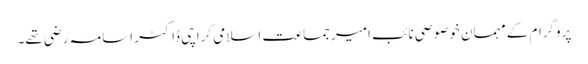
پروگرام کے مہمان خوصوصی نائب امیر جماعت اسلامی کراچی ڈاکٹر اسامہ رضی تھے۔